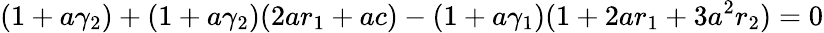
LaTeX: (1+a\gamma_{2})+(1+a\gamma_{2})(2ar_{1}+ac)-(1+a\gamma_{1})(1+2ar_{1}+3a^{2}r_{2})=0